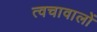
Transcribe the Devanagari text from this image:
त्वचावालों